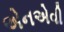
એનએવી